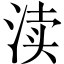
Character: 渎